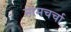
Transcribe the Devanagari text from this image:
नामचर्चा